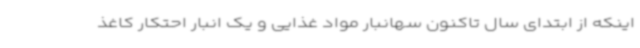
اینکه از ابتدای سال تاکنون سهانبار مواد غذایی و یک انبار احتکار کاغذ